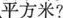
平方米？